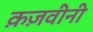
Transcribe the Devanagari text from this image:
क़ज़वीनी